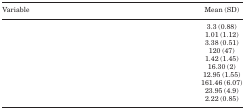
<table><thead><tr><td><b>Variable</b></td><td><b>Mean (SD)</b></td></tr></thead><tbody><tr><td>[EMPTY_CELL]</td><td>3.3 (0.88)</td></tr><tr><td>[EMPTY_CELL]</td><td>1.01 (1.12)</td></tr><tr><td>[EMPTY_CELL]</td><td>3.38 (0.51)</td></tr><tr><td>[EMPTY_CELL]</td><td>120 (47)</td></tr><tr><td>[EMPTY_CELL]</td><td>1.42 (1.45)</td></tr><tr><td>[EMPTY_CELL]</td><td>16.30 (2)</td></tr><tr><td>[EMPTY_CELL]</td><td>12.95 (1.55)</td></tr><tr><td>[EMPTY_CELL]</td><td>161.46 (6.07)</td></tr><tr><td>[EMPTY_CELL]</td><td>23.95 (4.9)</td></tr><tr><td>[EMPTY_CELL]</td><td>2.22 (0.85)</td></tr></tbody></table>